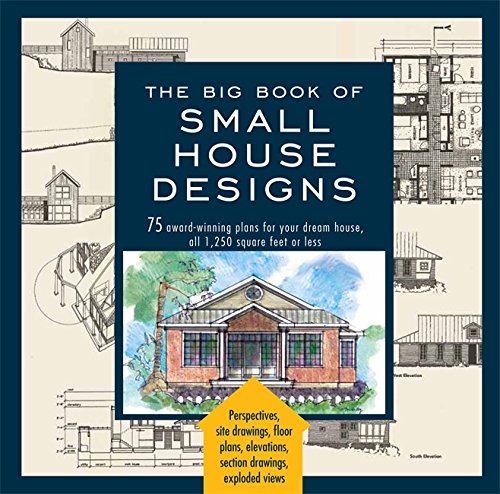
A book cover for The Big Book of Small House Designs: 75 Award-Winning Plans for Your Dream House; Don Metz; Crafts, Hobbies & Home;